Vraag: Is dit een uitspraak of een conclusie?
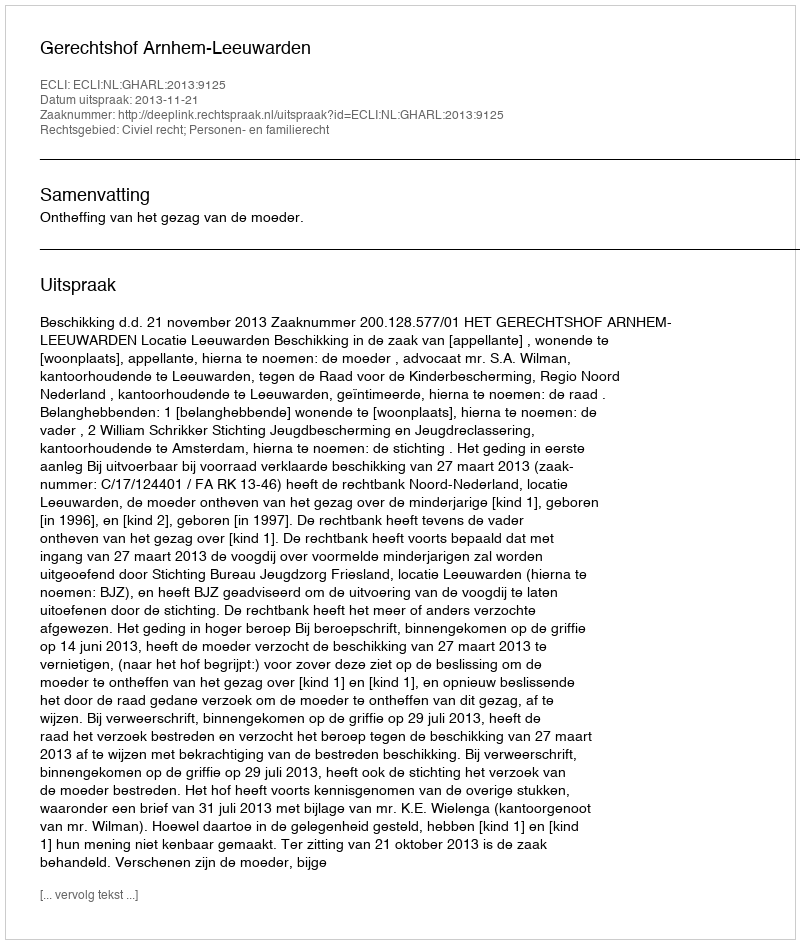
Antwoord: Uitspraak